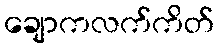
ချောကလက်ကိတ်